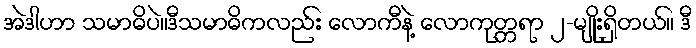
အဲဒါဟာ သမာဓိပဲ။ဒီသမာဓိကလည်း လောကီနဲ့ လောကုတ္တရာ ၂-မျိုးရှိတယ်။ ဒီ